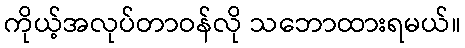
ကိုယ့်အလုပ်တာဝန်လို သဘောထားရမယ်။